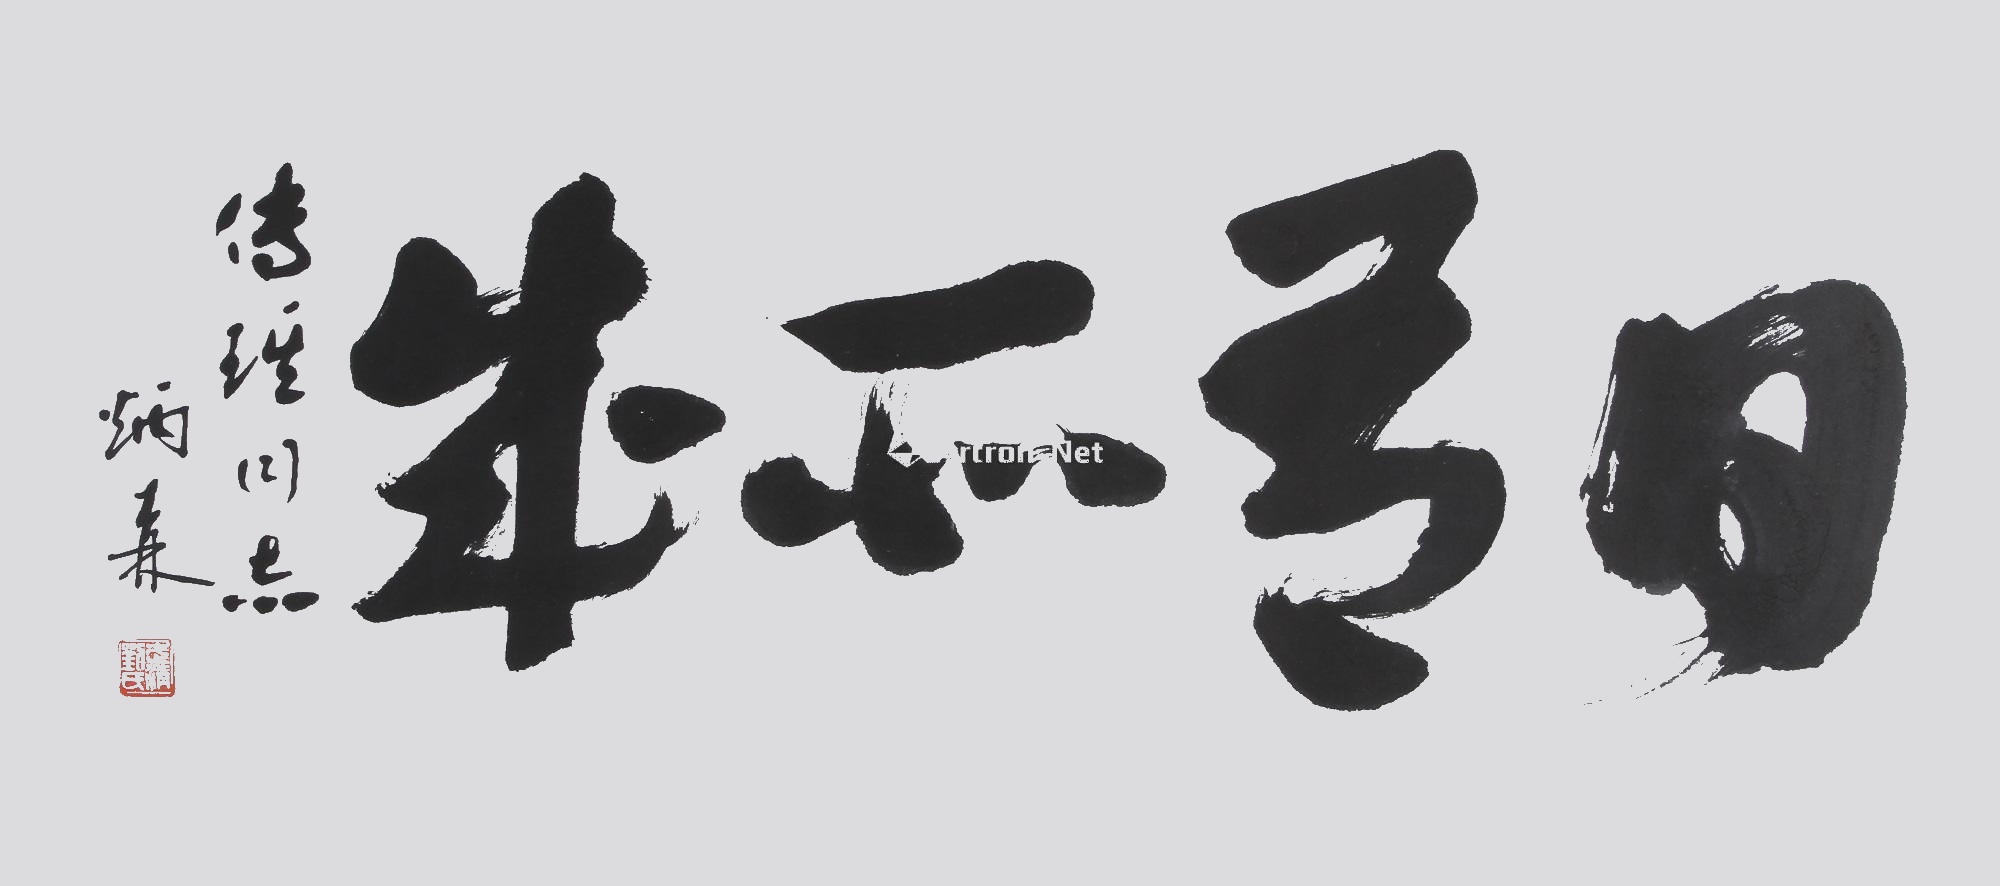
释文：日有所成传琪同志，炳森。